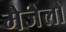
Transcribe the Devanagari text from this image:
मेजेलो